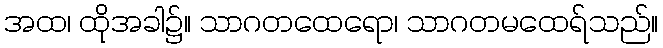
အထ၊ ထိုအခါ၌။ သာဂတထေရော၊ သာဂတမထေရ်သည်။